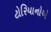
ટોરિયાનોએ